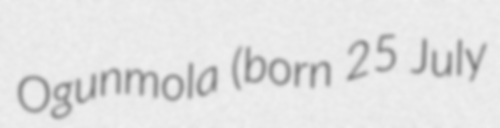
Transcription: Ogunmola (born 25 July